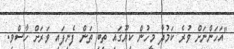
"އަހަންނަށް ވުރެ ކަމުދާ މީހުން ކިޔޫގައި ތިބި ތަން ފެނިފައި ވަރަށް ހާސްވި.